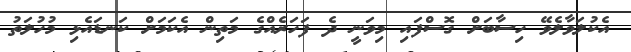
އެކުލަވާލެވޭ ހިސާބަށް ގޮސްފައި މިވަނީ ދެ ފަހަރެއްގެ މަތިން އެކަމަށް ކަނޑައެޅި މުހުލަތު